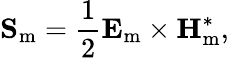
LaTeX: \mathbf{S}_{\mathrm{m}}={\frac{1}{2}}\mathbf{E}_{\mathrm{m}}\times\mathbf{H}_{\mathrm{m}}^{*},